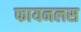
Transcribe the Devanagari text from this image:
फायनलस